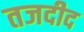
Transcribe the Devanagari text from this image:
तजदीद